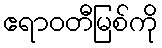
ဧရာဝတီမြစ်ကို